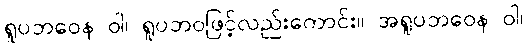
ရူပဘဝေန ဝါ၊ ရူပဘဝဖြင့်လည်းကောင်း။ အရူပဘဝေန ဝါ၊